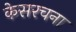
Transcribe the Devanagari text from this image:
केसरचना